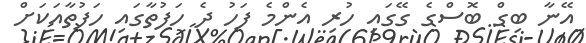
އޭނާ ބިގް ބޮސްގެ ގޭގައި ހުރި އެންމެ ފަހު ދެ ހަފުތާގައި ހަފުތާއަކަށް